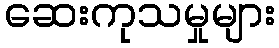
ဆေးကုသမှုများ